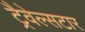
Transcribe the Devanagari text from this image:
ट्रैवेल्सटार